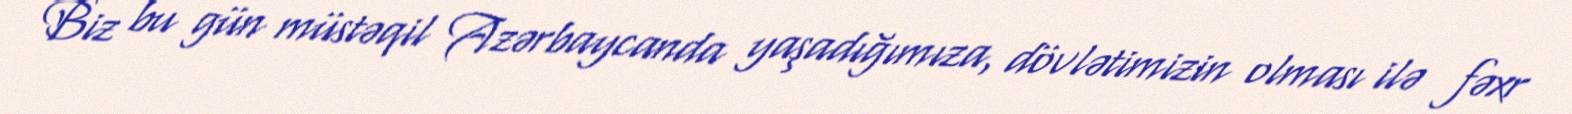
Biz bu gün müstəqil Azərbaycanda yaşadığımıza, dövlətimizin olması ilə fəxr